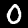
Digit: 0